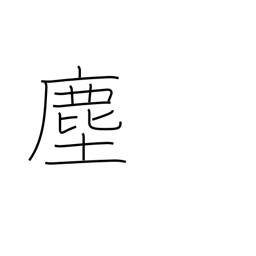
Meaning: dust